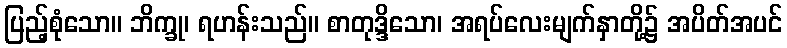
ပြည့်စုံသော။ ဘိက္ခု၊ ရဟန်းသည်။ စာတုဒ္ဒိသော၊ အရပ်လေးမျက်နှာတို့၌ အပိတ်အပင်